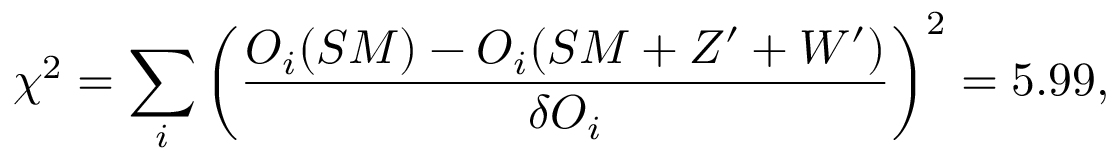
\chi ^ { 2 } = \sum _ { i } \left( \frac { O _ { i } ( S M ) - O _ { i } ( S M + Z ^ { \prime } + W ^ { \prime } ) } { \delta O _ { i } } \right) ^ { 2 } = 5 . 9 9 ,